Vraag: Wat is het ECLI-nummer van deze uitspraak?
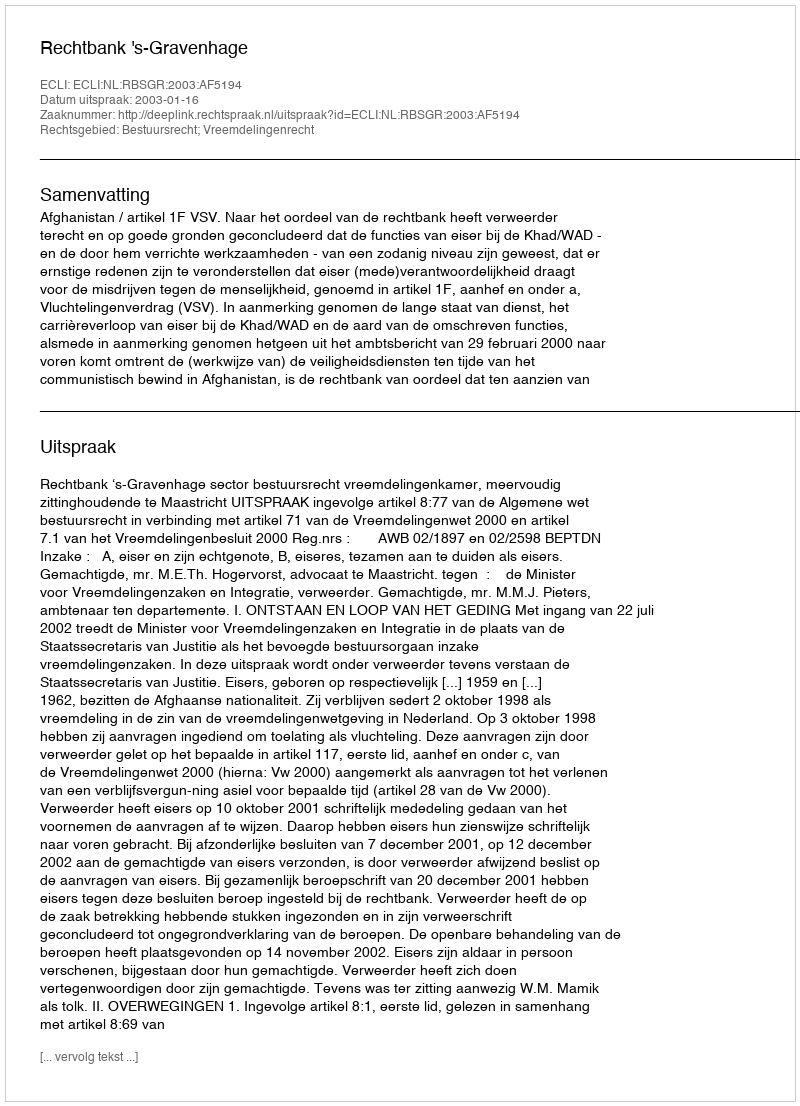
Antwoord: ECLI:NL:RBSGR:2003:AF5194